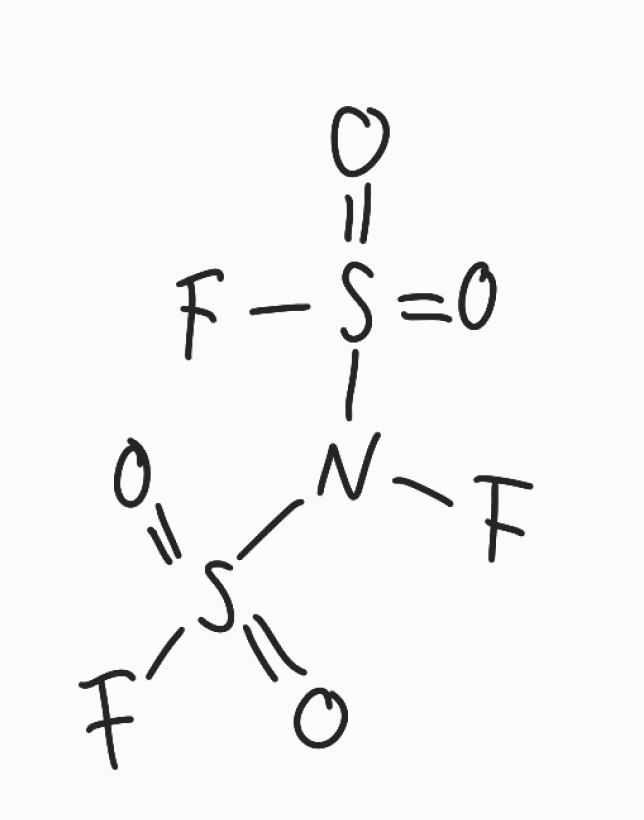
Simplified molecular-input line-entry system (SMILES) notation of the given molecule:
N(F)(S(=O)(=O)F)S(=O)(=O)F